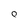
Character: O